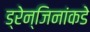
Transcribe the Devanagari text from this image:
ड्रेन्जिनांकडे